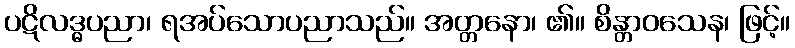
ပဋိလဒ္ဓပညာ၊ ရအပ်သောပညာသည်။ အတ္တနော၊ ၏။ စိန္တာဝသေန၊ ဖြင့်။